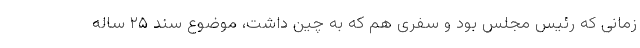
زمانی که رئیس مجلس بود و سفری هم که به چین داشت، موضوع سند ۲۵ ساله